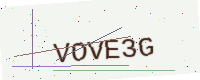
Text: VOVE3G